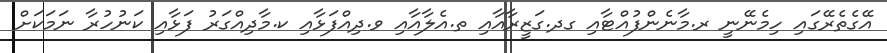
އޭގެތެރޭގައި ހިމެނޭނީ ރ.މާނެންފުއްޓާއި ގދ.ގަޒީރާއާއި ތ.އެލާއާއި ވ.ދިއްފަޅާއި ކ.މާދިއްގަރު ފަޅާއި ކަނުހުރާ ނަމަކަށް